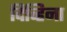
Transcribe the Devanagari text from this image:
दिव्हिना